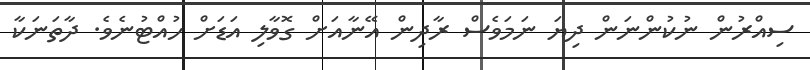
ސިއްރުން ނުކުންނަން ދިޔަ ނަމަވެސް ރާދިން އޭނާއަށް ގޮވާލި އަޑަށް ހުއްޓުނެވެ. ދާތަނަކާ